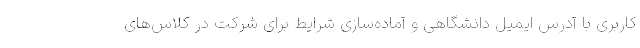
کاربری با آدرس ایمیل دانشگاهی و آماده‌سازی شرایط برای شرکت در کلاس‌های